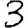
Digit: 3